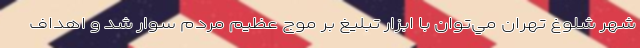
شهر شلوغ تهران مي‌توان با ابزار تبليغ بر موج عظيم مردم سوار شد و اهداف